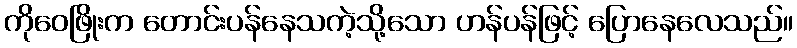
ကိုဝေဖြိုးက တောင်းပန်နေသကဲ့သို့သော ဟန်ပန်ဖြင့် ပြောနေလေသည်။